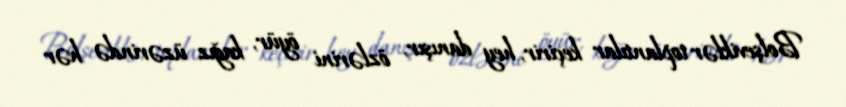
Bolşeviklər toplantılar keçirir, hey danışır, özlərini öyür, kağız üzərində hər